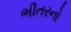
ભીતરનો